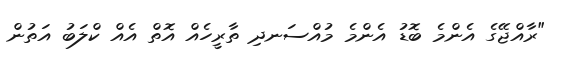
"ރާއްޖޭގެ އެންމެ ބޮޑު އެންމެ މުއްސަނދި ތާރީހެއް އޮތް އެއް ކްލަބު އަތުން